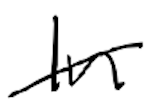
Text: In
Cross-out: diagonal
Writing tool: digital_black